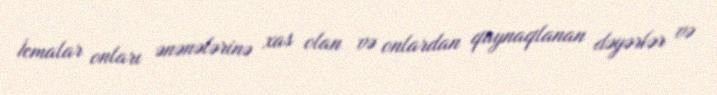
İcmalar onları ənənələrinə xas olan və onlardan qaynaqlanan dəyərlər və